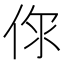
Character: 𠉎